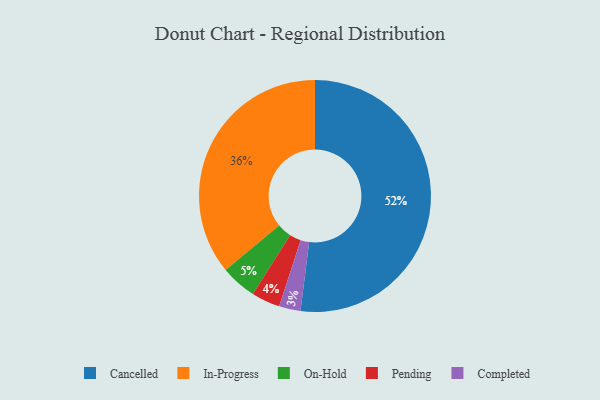
{"axis": {"x": "Category", "y": "Percentage"}, "legend": ["Cancelled", "Completed", "In-Progress", "On-Hold", "Pending"], "data": [{"x": "On-Hold", "y": 5, "type": "On-Hold"}, {"x": "Pending", "y": 4, "type": "Pending"}, {"x": "In-Progress", "y": 36, "type": "In-Progress"}, {"x": "Cancelled", "y": 52, "type": "Cancelled"}, {"x": "Completed", "y": 3, "type": "Completed"}]}